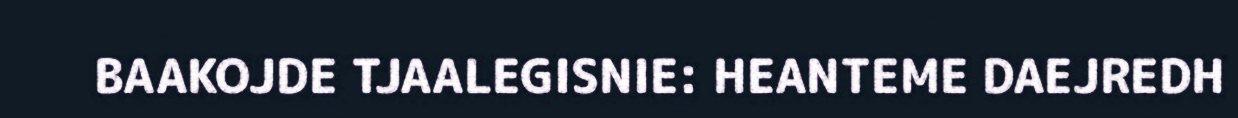
BAAKOJDE TJAALEGISNIE: HEANTEME DAEJREDH